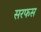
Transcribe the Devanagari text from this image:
सरफस